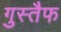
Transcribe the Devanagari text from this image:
गुस्तैफ